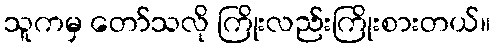
သူကမှ တော်သလို ကြိုးလည်းကြိုးစားတယ်။